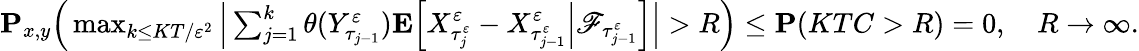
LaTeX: \begin{array}{r}{\mathbf{P}_{x,y}\Big(\operatorname*{max}_{k\leq KT/\varepsilon^{2}}\Big|\sum_{j=1}^{k}\theta(Y_{\tau_{j-1}}^{\varepsilon})\mathbf{E}\Big[X_{\tau_{j}^{\varepsilon}}^{\varepsilon}-X_{\tau_{j-1}^{\varepsilon}}^{\varepsilon}\Big|\mathscr{F}_{\tau_{j-1}^{\varepsilon}}\Big]\Big|>R\Big)\leq\mathbf{P}(KTC>R)=0,\quad R\to\infty.}\end{array}